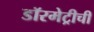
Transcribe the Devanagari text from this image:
डॉरमेट्रीची